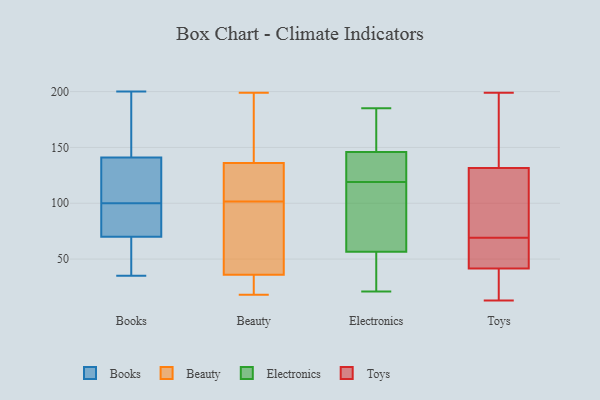
{"axis": {"x": "Bounce Rate (%)", "y": "Value"}, "legend": ["Beauty", "Books", "Electronics", "Toys"], "data": [{"x": "", "y": 43, "type": "Books"}, {"x": "", "y": 96, "type": "Books"}, {"x": "", "y": 70, "type": "Books"}, {"x": "", "y": 131, "type": "Books"}, {"x": "", "y": 90, "type": "Books"}, {"x": "", "y": 141, "type": "Books"}, {"x": "", "y": 183, "type": "Books"}, {"x": "", "y": 181, "type": "Books"}, {"x": "", "y": 86, "type": "Books"}, {"x": "", "y": 58, "type": "Books"}, {"x": "", "y": 131, "type": "Books"}, {"x": "", "y": 138, "type": "Books"}, {"x": "", "y": 57, "type": "Books"}, {"x": "", "y": 200, "type": "Books"}, {"x": "", "y": 104, "type": "Books"}, {"x": "", "y": 159, "type": "Books"}, {"x": "", "y": 77, "type": "Books"}, {"x": "", "y": 35, "type": "Books"}, {"x": "", "y": 99, "type": "Beauty"}, {"x": "", "y": 104, "type": "Beauty"}, {"x": "", "y": 47, "type": "Beauty"}, {"x": "", "y": 135, "type": "Beauty"}, {"x": "", "y": 140, "type": "Beauty"}, {"x": "", "y": 18, "type": "Beauty"}, {"x": "", "y": 199, "type": "Beauty"}, {"x": "", "y": 96, "type": "Beauty"}, {"x": "", "y": 168, "type": "Beauty"}, {"x": "", "y": 20, "type": "Beauty"}, {"x": "", "y": 25, "type": "Beauty"}, {"x": "", "y": 108, "type": "Beauty"}, {"x": "", "y": 23, "type": "Beauty"}, {"x": "", "y": 47, "type": "Beauty"}, {"x": "", "y": 126, "type": "Beauty"}, {"x": "", "y": 137, "type": "Beauty"}, {"x": "", "y": 136, "type": "Electronics"}, {"x": "", "y": 167, "type": "Electronics"}, {"x": "", "y": 63, "type": "Electronics"}, {"x": "", "y": 143, "type": "Electronics"}, {"x": "", "y": 21, "type": "Electronics"}, {"x": "", "y": 26, "type": "Electronics"}, {"x": "", "y": 78, "type": "Electronics"}, {"x": "", "y": 116, "type": "Electronics"}, {"x": "", "y": 50, "type": "Electronics"}, {"x": "", "y": 185, "type": "Electronics"}, {"x": "", "y": 122, "type": "Electronics"}, {"x": "", "y": 149, "type": "Electronics"}, {"x": "", "y": 57, "type": "Toys"}, {"x": "", "y": 37, "type": "Toys"}, {"x": "", "y": 199, "type": "Toys"}, {"x": "", "y": 44, "type": "Toys"}, {"x": "", "y": 13, "type": "Toys"}, {"x": "", "y": 79, "type": "Toys"}, {"x": "", "y": 86, "type": "Toys"}, {"x": "", "y": 129, "type": "Toys"}, {"x": "", "y": 139, "type": "Toys"}, {"x": "", "y": 115, "type": "Toys"}, {"x": "", "y": 39, "type": "Toys"}, {"x": "", "y": 59, "type": "Toys"}, {"x": "", "y": 134, "type": "Toys"}, {"x": "", "y": 176, "type": "Toys"}, {"x": "", "y": 57, "type": "Toys"}, {"x": "", "y": 28, "type": "Toys"}]}